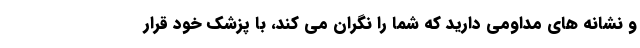
و نشانه های مداومی دارید که شما را نگران می کند، با پزشک خود قرار